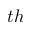
t h